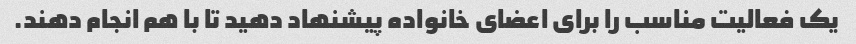
یک فعالیت مناسب را برای اعضای خانواده پیشنهاد دهید تا با هم انجام دهند.